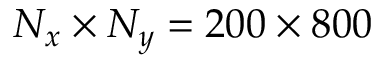
N _ { x } \times N _ { y } = 2 0 0 \times 8 0 0